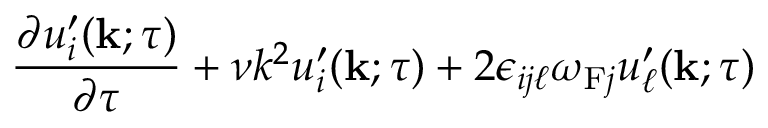
\begin{array} { r l r } { \lefteqn { \frac { \partial u _ { i } ^ { \prime } ( { \bf { k } } ; \tau ) } { \partial \tau } + \nu k ^ { 2 } u _ { i } ^ { \prime } ( { \bf { k } } ; \tau ) + 2 \epsilon _ { i j \ell } \omega _ { \mathrm { { F } } j } u _ { \ell } ^ { \prime } ( { \bf { k } } ; \tau ) } } \end{array}